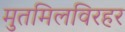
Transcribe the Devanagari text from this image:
मुतमिलविरहर